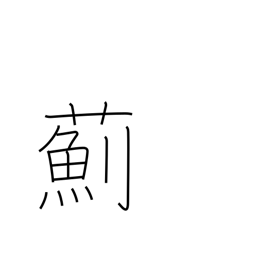
Meaning: thistle